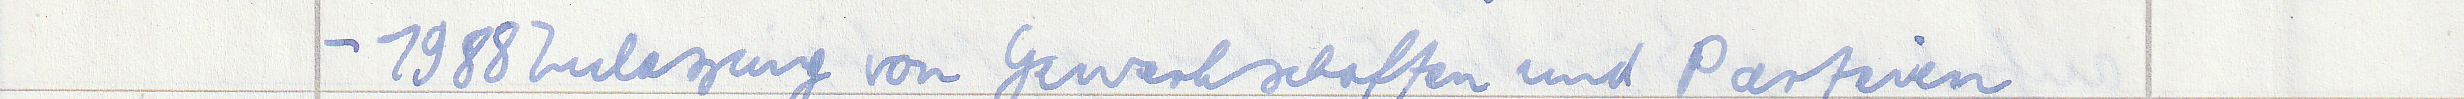
- 1988 Zulassung von Gewerkschaften und Parteien